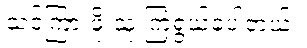
သင်ကြားဖို့ သူ ကြံရွယ်ခဲ့ပါတယ်။